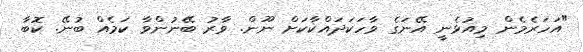
"އަހަރެމެން މިއުޅެނީ އޭނަގެ ވާހަކަދައްކާކަށް ނޫން. ވާރު ބޭނުންވާ ކަމެއް ބުނޭ. ކޮބާ